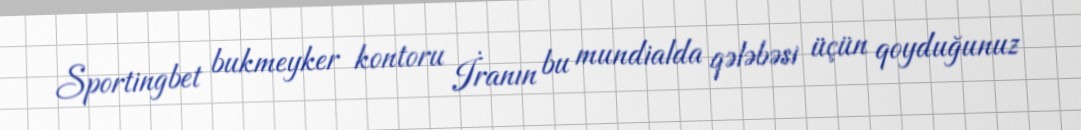
Sportingbet bukmeyker kontoru İranın bu mundialda qələbəsi üçün qoyduğunuz